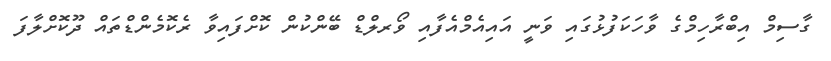
ގާސިމް އިބްރާހިމްގެ ވާހަކަފުޅުގައި ވަނީ އައިއެމްއެފާއި ވޯރލްޑް ބޭންކުން ކޮށްފައިވާ ރެކޮމެންޑްތައް ދޫކޮށްލާފަ